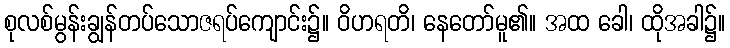
စုလစ်မွန်းချွန်တပ်သောဇရပ်ကျောင်း၌။ ဝိဟရတိ၊ နေတော်မူ၏။ အထ ခေါ၊ ထိုအခါ၌။